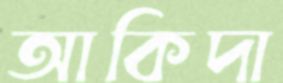
আকিদা